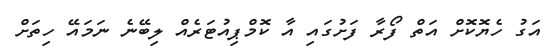
އަގު ހެޔޮކޮށް އަތް ފޯރާ ފަށުގައި އާ ކޮމްޕިއުޓަރެއް ލިބޭނެ ނަމައޭ ހިތަށް